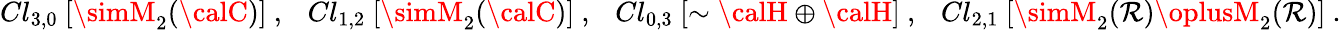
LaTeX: Cl_{3,0}~[\simM_{2}({\calC})]~,~~~Cl_{1,2}~[\simM_{2}({\calC})]~,~~~Cl_{0,3}~[\sim{\calH}\oplus{\calH}]~,~~~Cl_{2,1}~[\simM_{2}({\cal\mathcal{R}})\oplusM_{2}({\cal\mathcal{R}})]~.